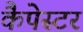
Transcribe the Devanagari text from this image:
कैपेस्टर